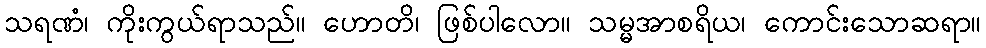
သရဏံ၊ ကိုးကွယ်ရာသည်။ ဟောတိ၊ ဖြစ်ပါလော။ သမ္မအာစရိယ၊ ကောင်းသောဆရာ။